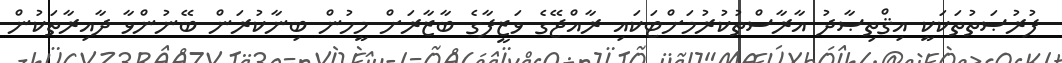
ފުރުޞަތުތަކަކީ އިޤްތިޞާދު އާރާސްތުކުރުމަށްޓަކައި ރާއްޖޭގެ ވަޒީފާގެ ބާޒާރަށް މީހުން ބިނާކުރަން ބޭނުންވާ ދާއިރާތަކުން